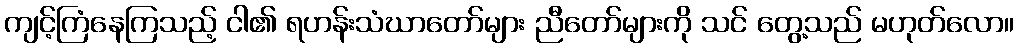
ကျင့်ကြံနေကြသည့် ငါ၏ ရဟန်းသံဃာတော်များ ညီတော်များကို သင် တွေ့သည် မဟုတ်လော။